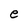
Character: e